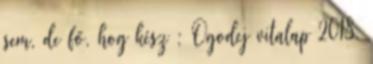
sem, de fő, hog kész : Ogodej vitalap 2018.